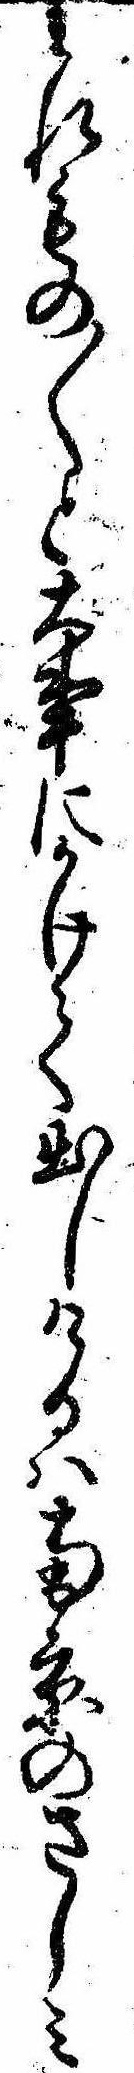
われもの〱と大事にかけて出しけるは南京のさしみ